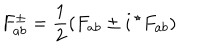
F _ { a b } ^ { \pm } = { \frac { 1 } { 2 } } ( F _ { a b } \pm i \, { ^ { \star } F _ { a b } } )